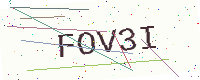
Text: FOV3I